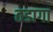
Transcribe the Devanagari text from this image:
तडागा